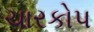
ચારકોપ